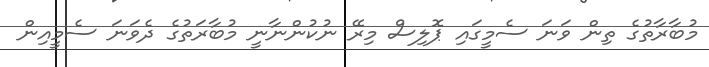
މުބާރާތުގެ ތިން ވަނަ ސެމީގައި ޕޮލިސް މިރޭ ނުކުންނާނީ މުބާރަތުގެ ދެވަނަ ސެމީއިން